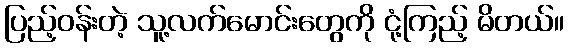
ပြည့်ဝန်းတဲ့ သူ့လက်မောင်းတွေကို ငုံ့ကြည့် မိတယ်။